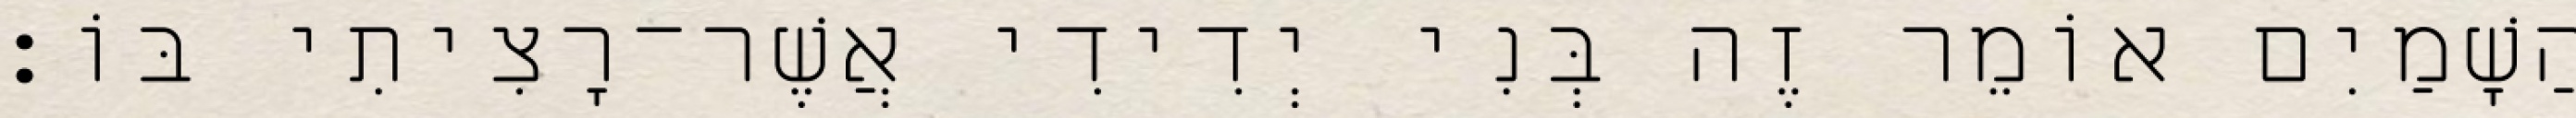
הַשָׁמַיִם אוֹמֵר זֶה בְּנִי יְדִידִי אֲשֶׁר־רָצִיתִי בּוֹ׃